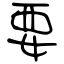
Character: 要